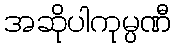
အဆိုပါကုမ္ပဏီ